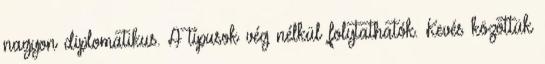
nagyon diplomatikus. A típusok vég nélkül folytathatók. Kevés közöttük